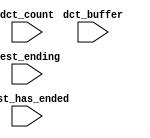
module finalproject_cpu_oci_test_bench (
                                         // inputs:
                                          dct_buffer,
                                          dct_count,
                                          test_ending,
                                          test_has_ended
                                       )
;

  input   [ 29: 0] dct_buffer;
  input   [  3: 0] dct_count;
  input            test_ending;
  input            test_has_ended;


endmodule